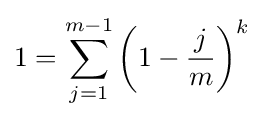
1=\sum _{j=1}^{m-1}\left(1-{\frac {j}{m}}\right)^{k}